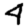
Digit: 4